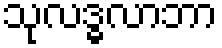
သုလဒ္ဓလာဘာ